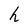
Character: h